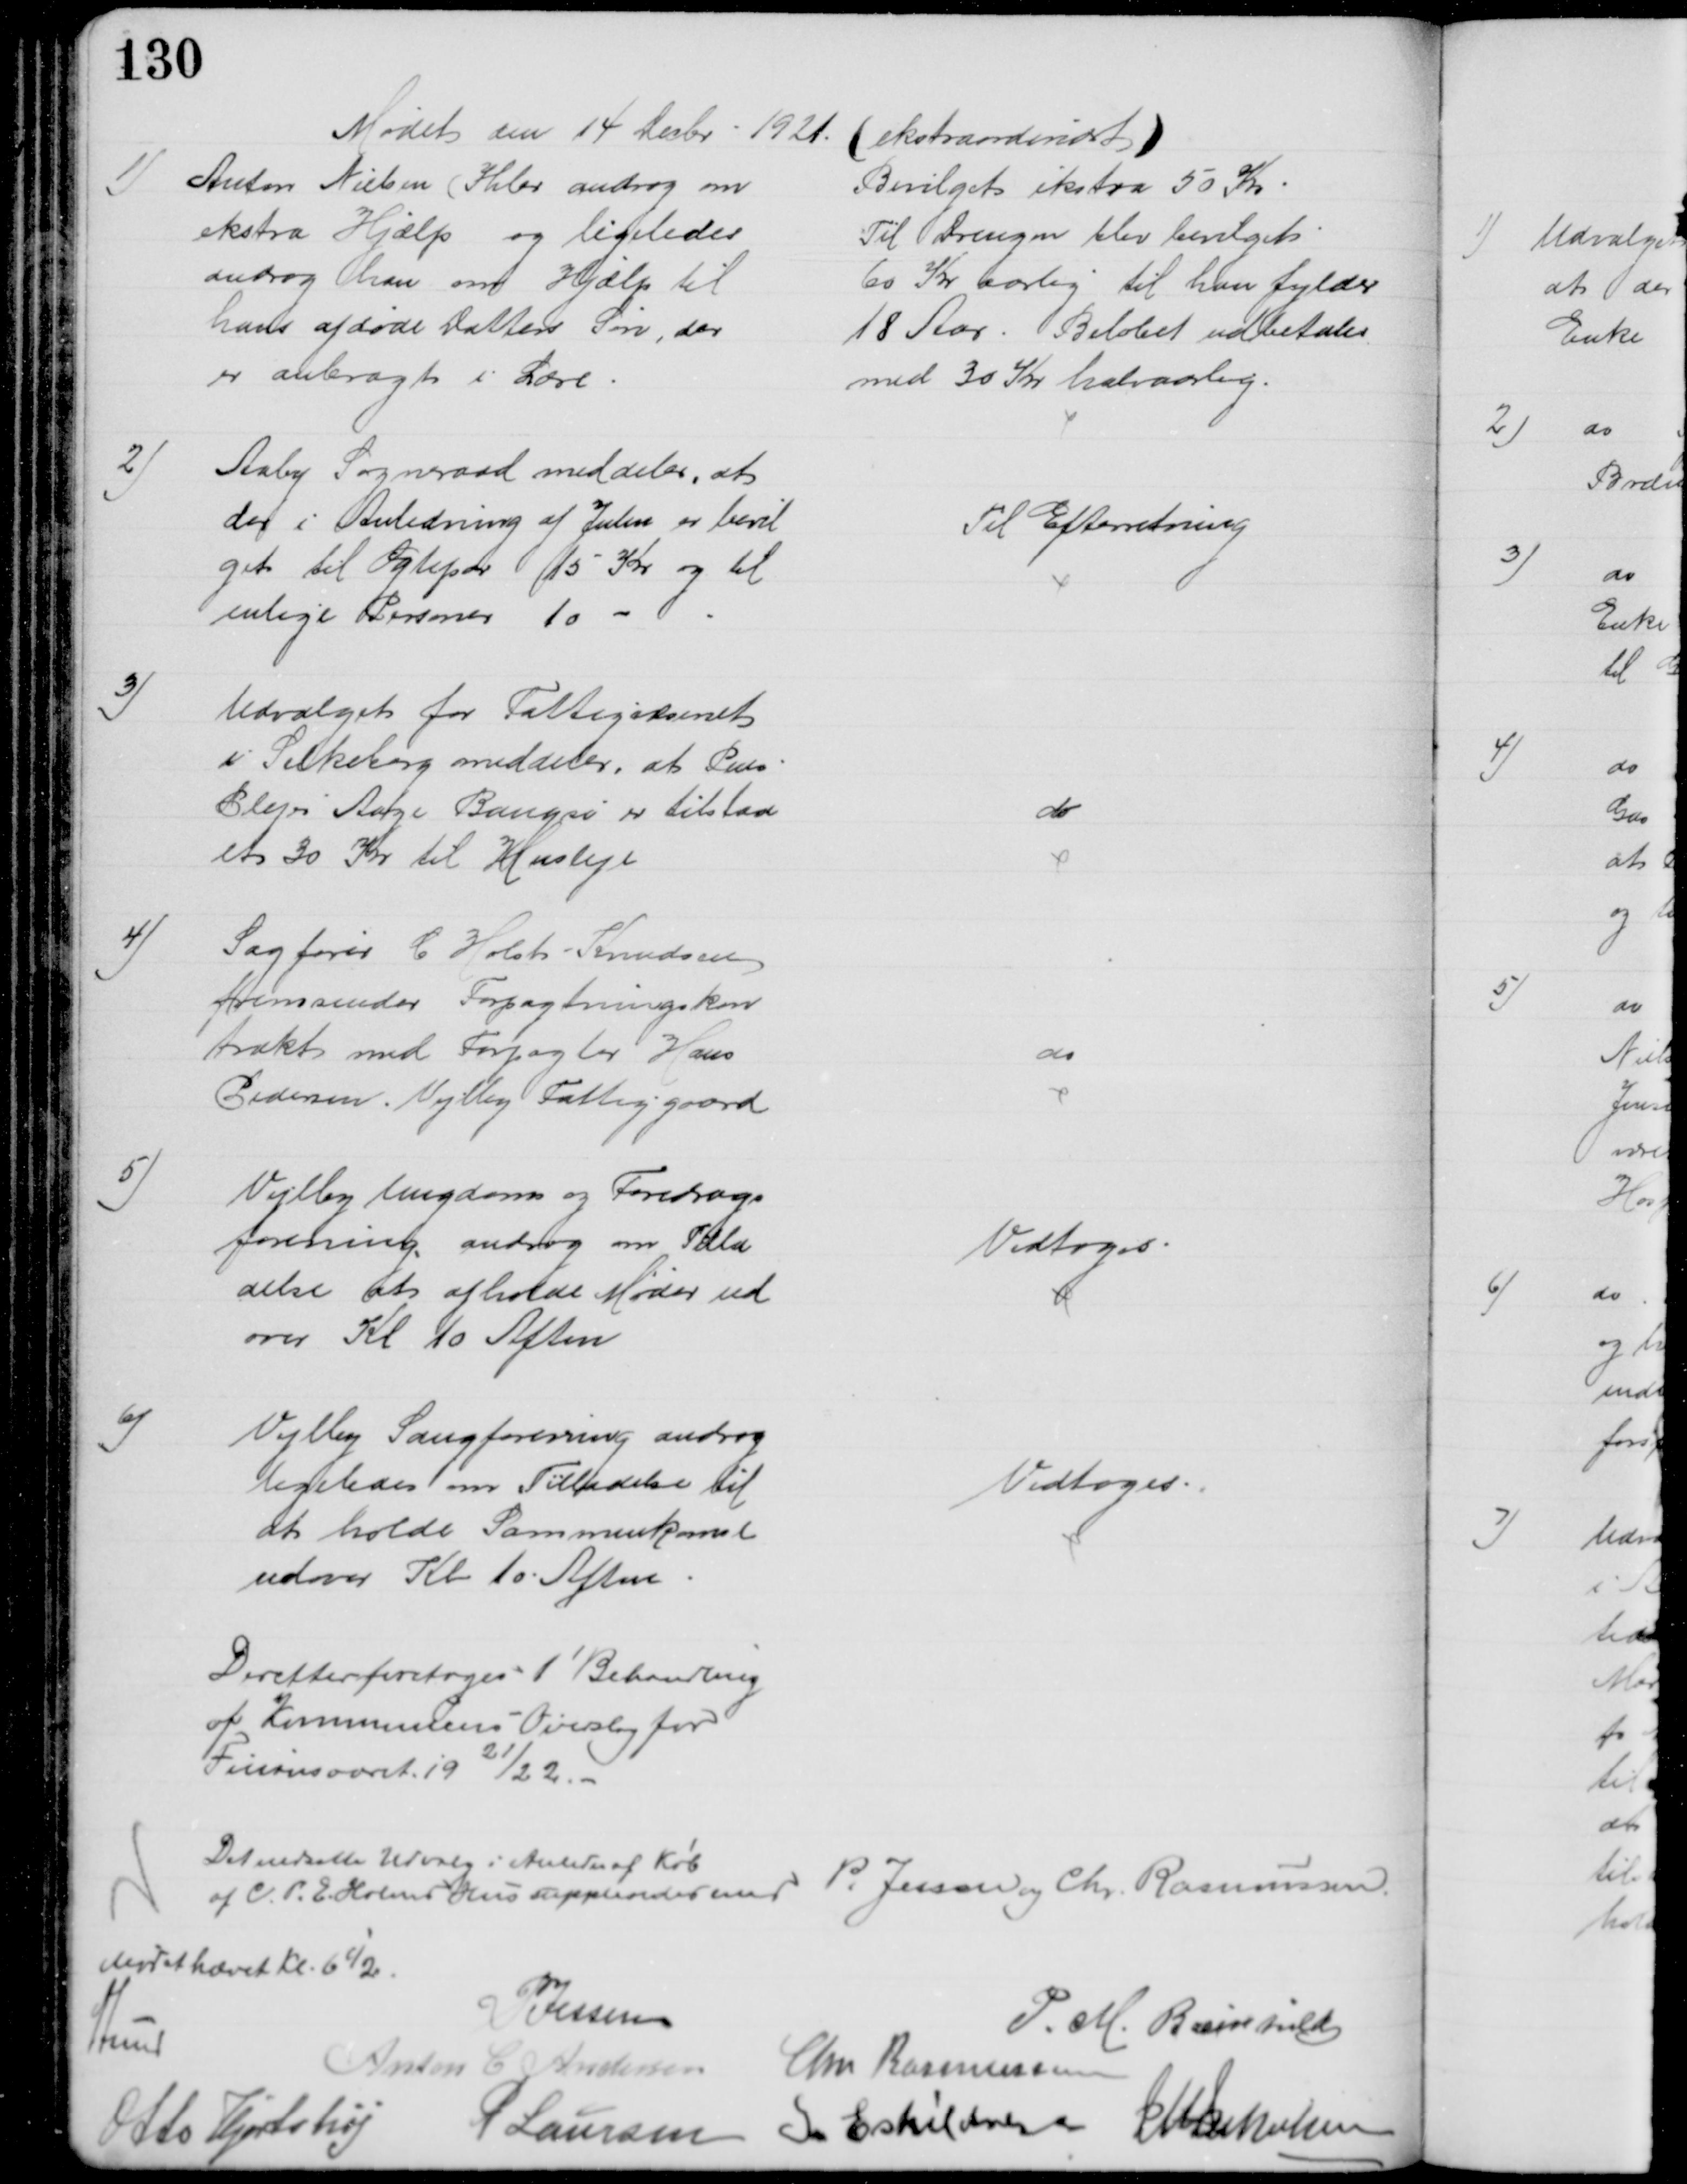
Transskription:
Mødet den 14 Decbr. 1921. (ekstraordinært)
1)
Anton Nielsen (Ihler androg om
ekstra Hjælp og ligeledes
androg han om Hjælp til 
hans afdøde Datters Søn, der 
er anbragt i Lære.
Bevilget ekstra 50 Kr
Til Drengen blev bevilget
60 Kr aarlig til han fylder
18 Aar. Beløbet udbetales
med 30 Kr halvaarlig.
2)
Aaby Sogneraad meddeler, at
der i Anledning af Julen er bevil
get til Ægtepar 15 Kr og til
enlige Personer 10
Til Efterretning
3)
Udvalget for Fattigvæsenet
i Silkeborg meddeler, at Pens
Plejer Aage Bangsø er tilstaa
et 30 Kr til Husleje
do
4)
Sagfører C Holst Knudsen
fremsender Forpagtningskon
trakt med Forpagter Hans
Pedersen, Vejlby Fattiggaard
do
5)
Vejlby Ungdom og Foredrags
forening androg om Tilla
delse at afholde Møder ud
over Kl 10 Aften
Vedtoges
6)
Vejlby Sangforening androg
ligeledes om Tilladelse til 
at holde Sammenkomst
udover Kl 10. Aften.
Vedtoges
Derefter foretoges 1' Behandling
af Kommunens Overslag for
Finansaaret 1921/22
Det nedsatte Udvalg i Anledn af Køb
af C. P. E. Holms Hus suppleredes med
P. Jessen og Chr. Rasmussen.
Mødet hævet Kl. 6½
A Lund
P Jessen
P. M. Breinhild
Anton C Andersen
Chr. Rasmussen
Otto Hjortshøj
P Laursen
I Eskildsen J M Jakobsen